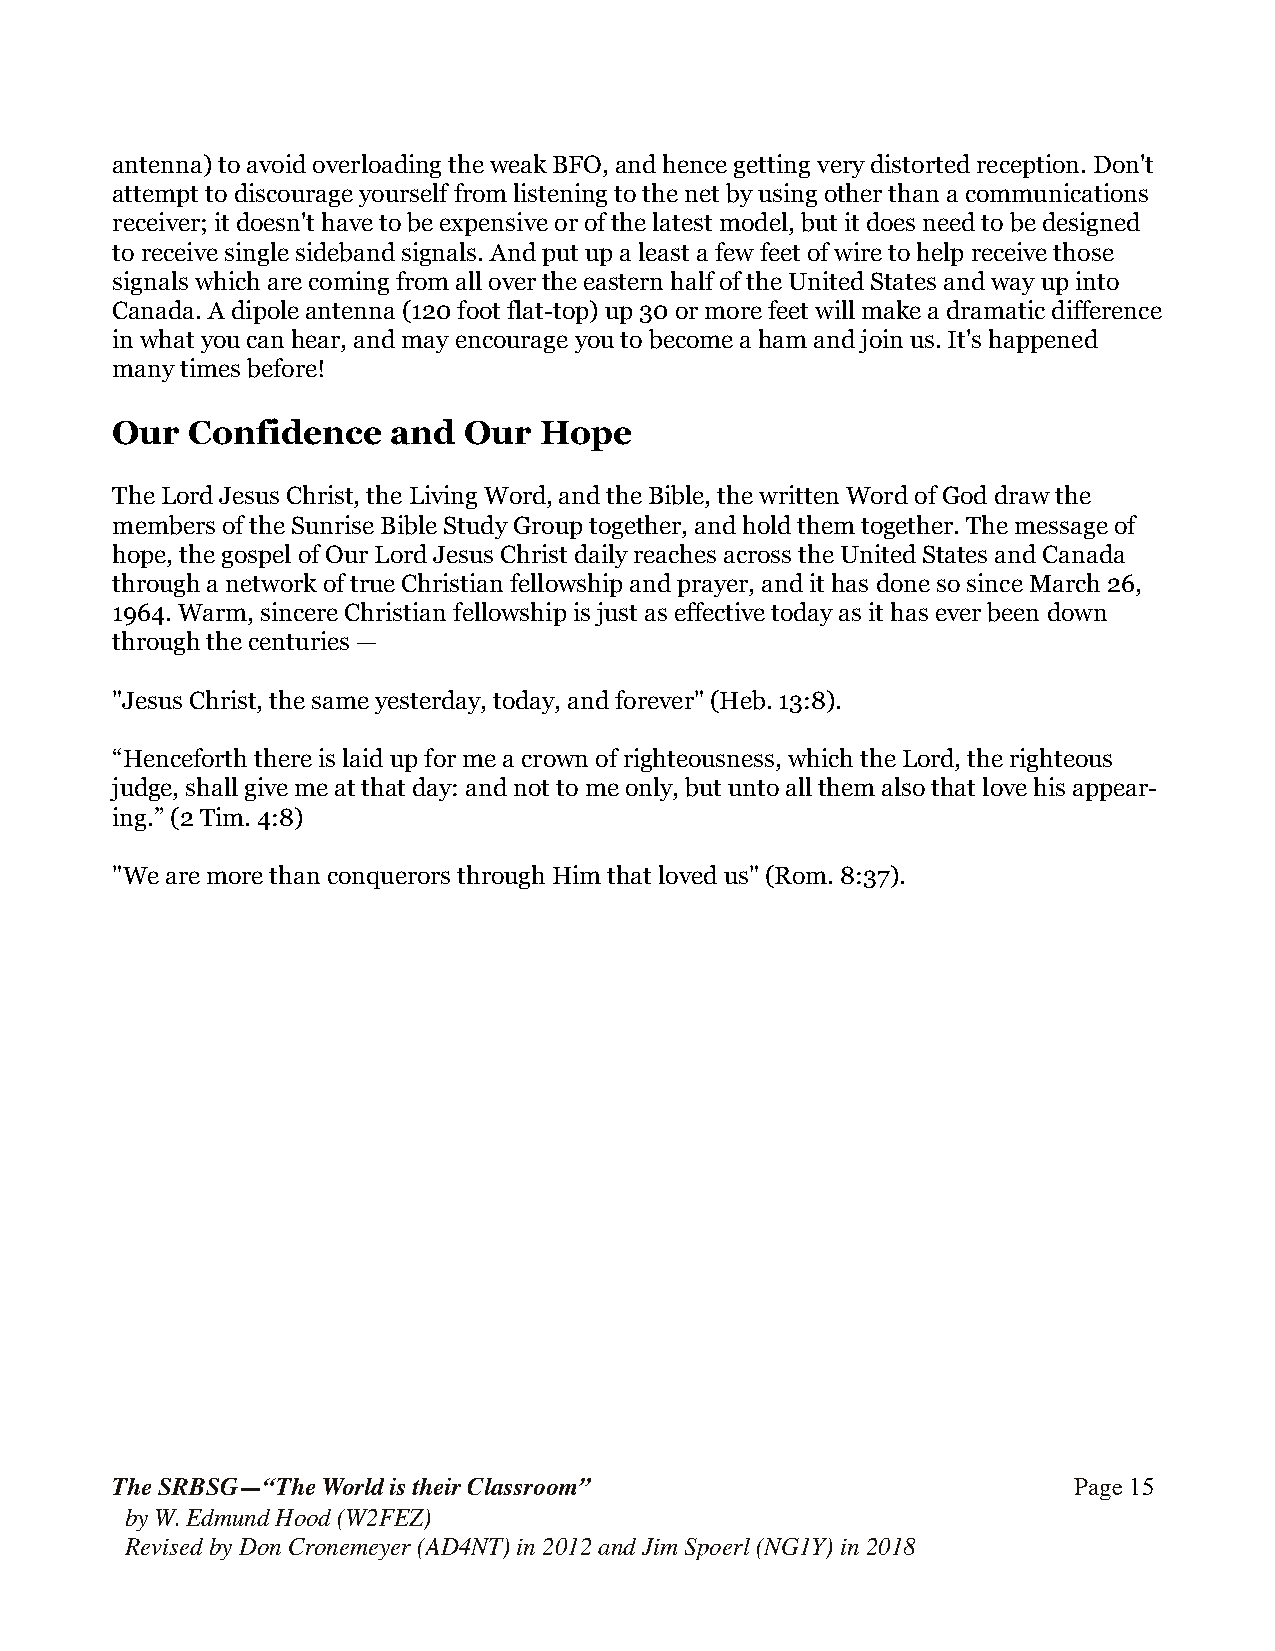
antenna) to avoid overloading the weak BFO, and hence getting very distorted reception. Don't
 attempt to discourage yourself from listening to the net by using other than a communications
 receiver; it doesn't have to be expensive or of the latest model, but it does need to be designed
 to receive single sideband signals. And put up a least a few feet of wire to help receive those
 signals which are coming from all over the eastern half of the United States and way up into
 Canada. A dipole antenna (120 foot flat-top) up 30 or more feet will make a dramatic difference
 in what you can hear, and may encourage you to become a ham and join us. It's happened
 many times before!
 Our  Confidence    and  Our  Hope
 The Lord Jesus Christ, the Living Word, and the Bible, the written Word of God draw the
 members of the Sunrise Bible Study Group together, and hold them together. The message of
 hope, the gospel of Our Lord Jesus Christ daily reaches across the United States and Canada
 through a network of true Christian fellowship and prayer, and it has done so since March 26,
 1964. Warm, sincere Christian fellowship is just as effective today as it has ever been down
 through the centuries —
 "Jesus Christ, the same yesterday, today, and forever" (Heb. 13:8).
 “Henceforth there is laid up for me a crown of righteousness, which the Lord, the righteous
 judge, shall give me at that day: and not to me only, but unto all them also that love his appear-
 ing.” (2 Tim. 4:8)
 "We are more than conquerors through Him that loved us" (Rom. 8:37).
 The SRBSG—“The World is their Classroom”                        Page !15
 by W. Edmund Hood (W2FEZ)
 Revised by Don Cronemeyer (AD4NT) in 2012 and Jim Spoerl (NG1Y) in 2018